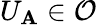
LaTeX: U_{\mathbf{A}}\in{\mathcal{{O}}}